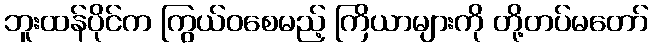
ဘူးထန်ပိုင်က ကြွယ်ဝစေမည့် ကြိယာများကို တို့တပ်မတော်